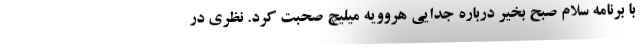
با برنامه سلام صبح بخیر درباره جدایی هروویه میلیچ صحبت کرد. نظری در